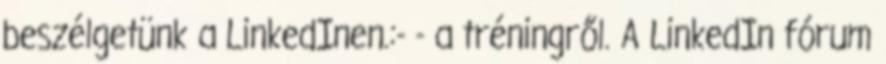
beszélgetünk a LinkedInen.:- - a tréningről. A LinkedIn fórum